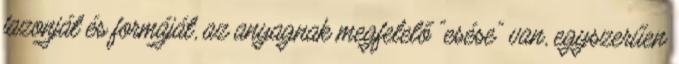
fazonját és formáját, az anyagnak megfelelő "esése" van, egyszerűen